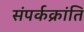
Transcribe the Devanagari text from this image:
संपर्कक्रांति